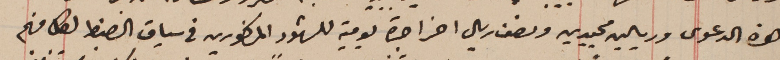
هذه الدعوى وريالين مجيدين ونصف ريال اخر اجرة يومية للشهود المذكورين في سياق الضبط لكل منهم